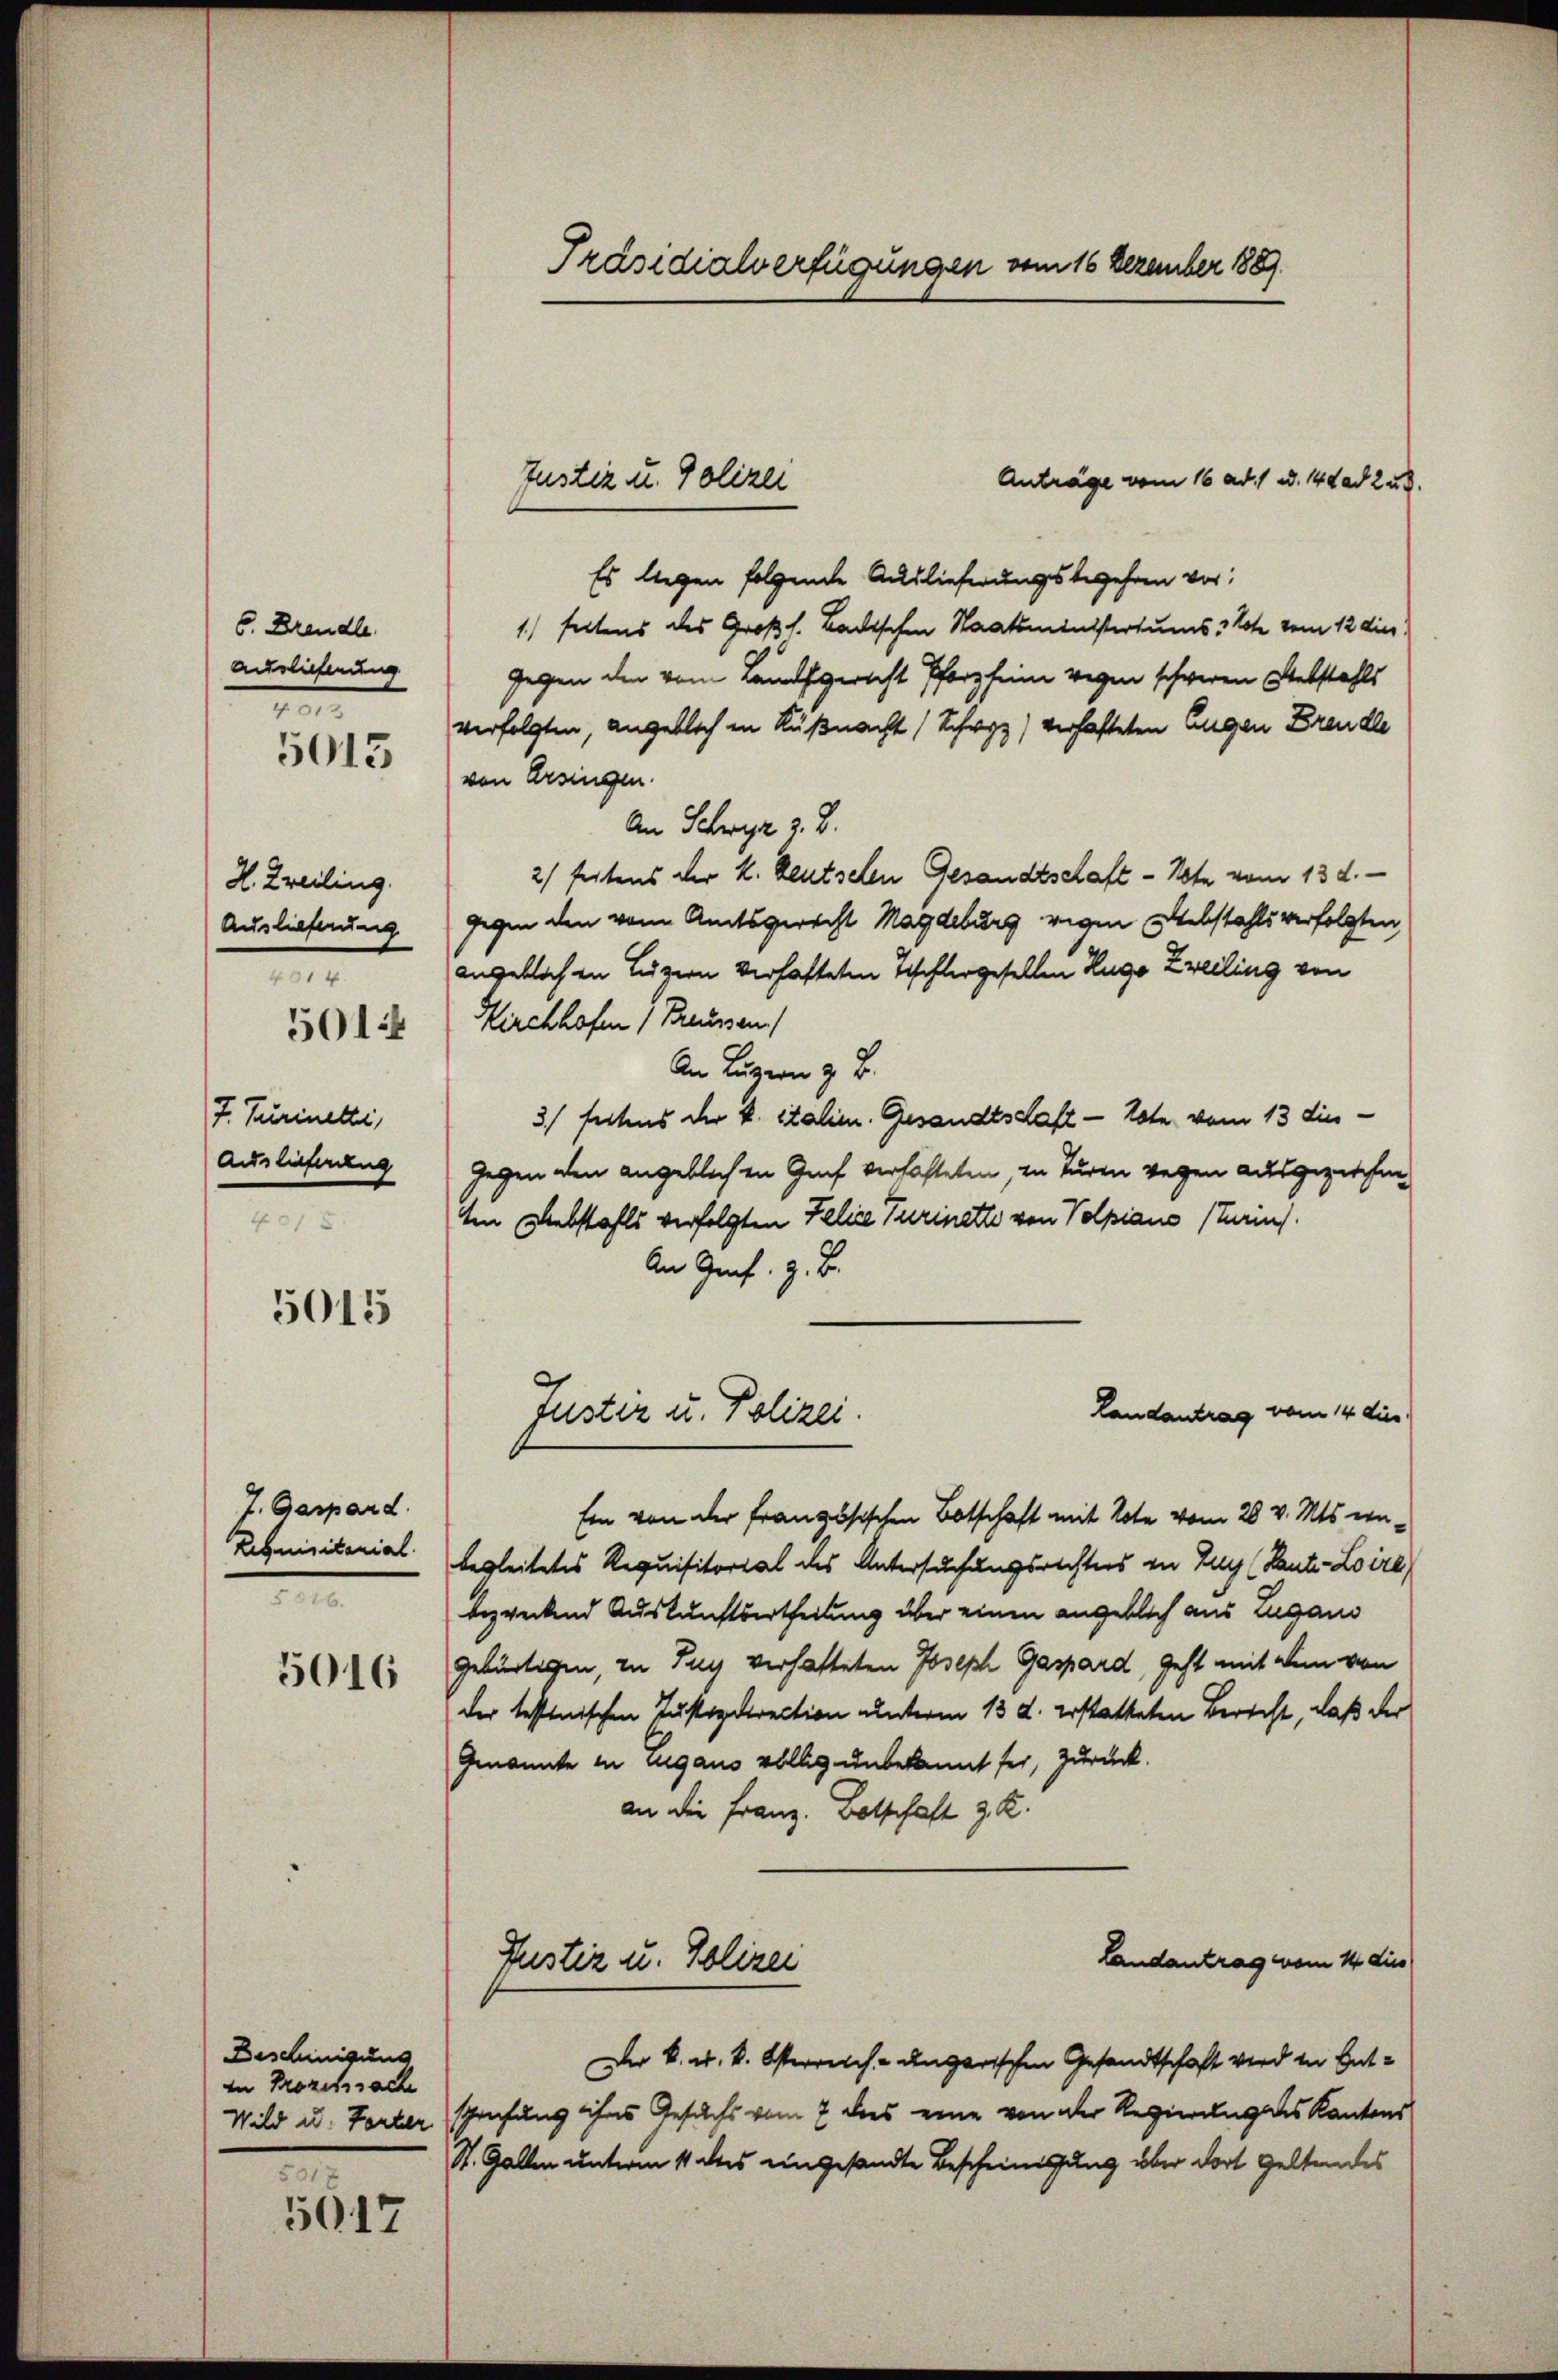
6. Brandle.
Auslichtung
.

5013

H. Kreiling.
Auslieferung
401 f.
7. Turinetti,
Auslieferung

5014

5015

Gaspard.
Requisitonial
e

5016

Beschinigung
in Prozesssache
Wild u. Torter
501 x

5017

Präsidialverfügungen vom 16 Dezember 1889

Anträge vom 16 ad. 1 u. 1 d ad 2 u.
Es liegen folgende Auslieferungsbegehren vor,
1) Fellens des Großh. Bachschen Staatsministertums & Note vom 12 dies
gegen den vom Laufgericht Pforzheim wegen schweren Webstahls
verfolgten, angeblich in Küßnacht (Schwyz) verhafteten Augen Freudle
von Ersingen.
An Schwyz z. B.
2) seitens der k. Reutschen Gesandtschaft - Note vom 13. d.
gegen den von Amtsgericht Magdeburg wegen Webstahls verfolgten,
angeblichen Luzern verhafteten Tischlergesellen Hugo Zweiling von
Kirchhofen ( Preussen.
An Luzern z. B.
3 festens der k. Stalien. Gesandtschaft - Tote vom 13 die
gegen den angeblichen Genf verhafteten, in Turen wegen ausgeziehen
ten Diebstahls verfolgten Felige Turinette von Volpiano (Turins
An Genf. z. B.
Landantrag vom 14 die
Fuster u. Polizei.
Ein von der französischen Botschaft mit Note vom 20. v. Mts. einbegleitetes Requisitorial des Untersuchungsrechters in Zug (Tante-Loire)
bezweckend Auskunftsertheilung über einen angeblich aus Lugano
gebürtigen, in Tuy verhafteten Joseph Gaspard, geht mit dem von
der testinischen Justizdirection unterm 13. d. erstatteten Berecht, daß der
Genannte in Lugano völlig unbekannt sei, zurück.
an die Franz. Botschaft z. R.
Landantrag vom 14 dies
Justiz u. Polizei
Der k. k. k. Osterreich-ungarischen Gesandtschaft wird in Entsprechung ihres Gesuchs vom 7 des eine von der Regierung des Kantons
St. Gallen unterm 11 des eingesandte Bescheinigung über dort geltendes

Justiz u. Polizei